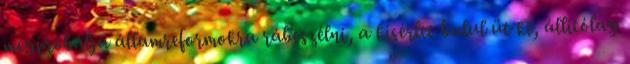
megpróbálja államreformokra rábeszélni, a kísérlet balul üt ki, állítólag